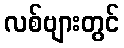
လစ်ဗျားတွင်